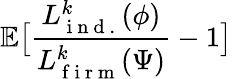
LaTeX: \mathbb{E}\big[\frac{{L}_{\mathrm{~i~n~d~.~}}^{k}(\phi)}{{L}_{\mathrm{~f~i~r~m~}}^{k}(\Psi)}-1\big]